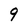
Character: 9